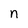
Character: n